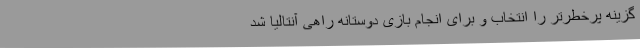
گزینه پرخطرتر را انتخاب و برای انجام بازی دوستانه راهی آنتالیا شد